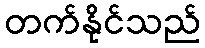
တက်နိုင်သည်